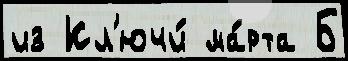
из Кл'ючи́ ма́рта Б